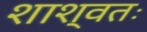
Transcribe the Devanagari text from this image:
शाश्वतः